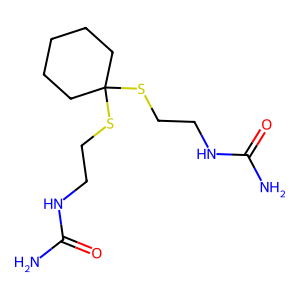
SMILES: NC(=O)NCCSC1(SCCNC(N)=O)CCCCC1
Inhibits HIV replication: No